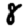
Digit: 8